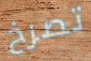
تصرخ